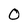
Character: 0